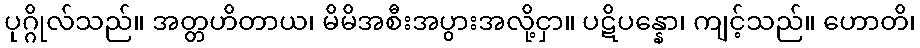
ပုဂ္ဂိုလ်သည်။ အတ္တဟိတာယ၊ မိမိအစီးအပွားအလို့ငှာ။ ပဋိပန္နော၊ ကျင့်သည်။ ဟောတိ၊